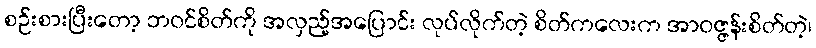
စဉ်းစားပြီးတော့ ဘဝင်စိတ်ကို အလှည့်အပြောင်း လုပ်လိုက်တဲ့ စိတ်ကလေးက အာဝဇ္ဇန်းစိတ်တဲ့၊